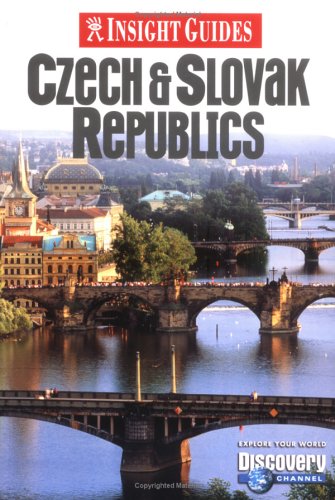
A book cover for Insight Guide Czech & Slovak Republics (Insight Guides Czech Republic and Slovakia); Alfred Horn; Travel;